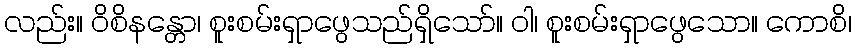
လည်း။ ဝိစိနန္တော၊ စူးစမ်းရှာဖွေသည်ရှိသော်။ ဝါ၊ စူးစမ်းရှာဖွေသော။ ကောစိ၊